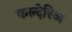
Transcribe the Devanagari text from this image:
कल्देरिअ